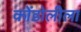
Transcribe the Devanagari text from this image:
कोंडोलीला